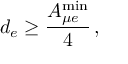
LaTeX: d _ { e } \geq \frac { A _ { \mu e } ^ { \mathrm { m i n } } } { 4 } \, ,